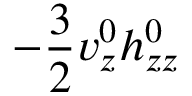
- \frac { 3 } 2 v _ { z } ^ { 0 } h _ { z z } ^ { 0 }